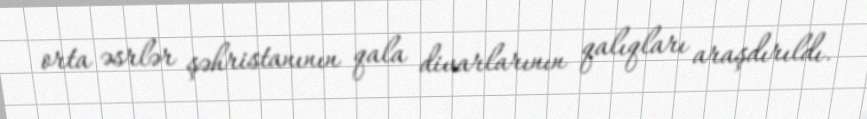
orta əsrlər şəhristanının qala divarlarının qalıqları araşdırıldı.